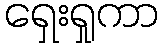
ရှေးရှုကာ